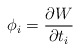
\begin{align*}\phi_i = \frac{\partial W}{\partial t_i}\end{align*}